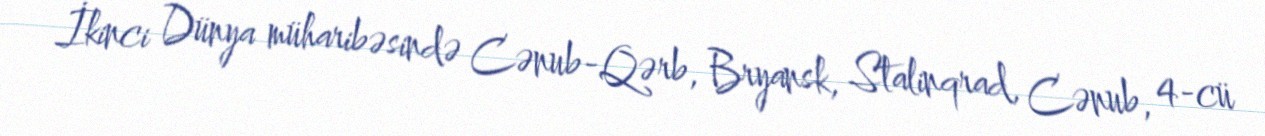
İkinci Dünya müharibəsində Cənub-Qərb, Bryansk, Stalinqrad, Cənub, 4-cü